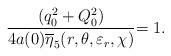
LaTeX: \begin{align*}\frac{(q_{0}^{2}+Q_{0}^{2})}{4a(0)\overline{\eta }_{5}(r,\theta ,\varepsilon_{r},\chi )}{=1.} \end{align*}